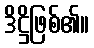
ဒိဋ္ဌိဖြစ်၏။